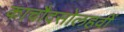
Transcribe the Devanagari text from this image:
काचौदसोलहवीं